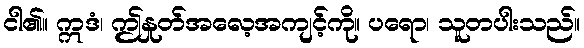
ငါ၏။ ဣဒံ၊ ဤနှုတ်အလေ့အကျင့်ကို။ ပရော၊ သူတပါးသည်။